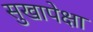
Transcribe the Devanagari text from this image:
सुखापेक्षा